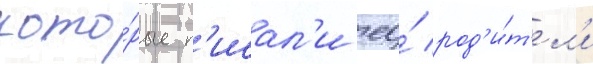
кото́рые п'исал'и ео́ род'и́т'ел'и